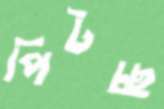
পিটচ্ছ